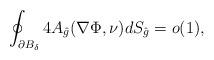
LaTeX: \begin{align*} \oint_{\partial B_{\delta}} 4 A_{\hat{g}}(\nabla \Phi, \nu) dS_{\hat{g}} = o(1),\end{align*}